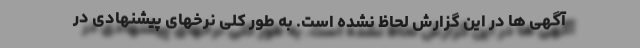
آگهی ها در این گزارش لحاظ نشده است. به طور کلی نرخهای پیشنهادی در